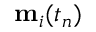
\mathbf { m } _ { i } ( t _ { n } )